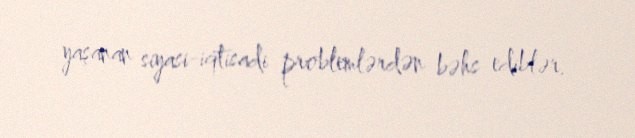
yaşanan siyasi-iqtisadi problemlərdən bəhs ediblər.